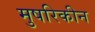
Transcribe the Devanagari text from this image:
मुषरिकीन